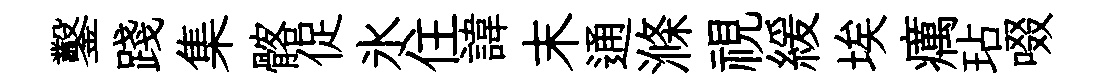
鑿踐集髂促氷住諱末通滌視緩埃癘玷啜